Vaccination in Bombay 1863-1868 - 1863-1868
Year: 1863
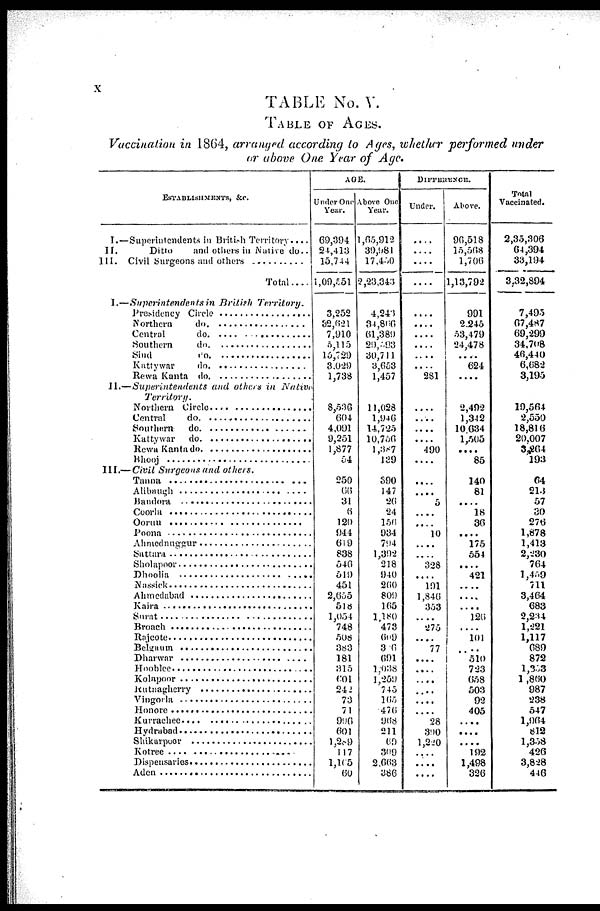
x
TABLE No. V.
TABLE OF AGES.
Vaccination in 1864, arranged according to Ages, whether performed under
or above One Year of Age.
ESTABLISHMENTS, &c.
I.—
II.
III.
I.—
II.—
III.—
Superintendents in British Territory....
Ditto
and others in Native do..
Civil Surgeons and others ...............
Total....
Superintendents in British
Territory.
Presidency Circle .......................
Northern do. ........................
Central do. ........................
Southern do. ........................
Sind do. ........................
Kattywar do. ........................
Rewa Kanta do. .........................
Superintendents
and others in Native
Territory.
Northern Circle ..... ....................
Central do. ...........................
Southern do. ...........................
Kattywar do. ...........................
Rewa Kanta do. .........................
Bhooj .......................................
Civil Surgeons and others.
Tanna ........................................
Alibaugh ...................................
Bandora ...................................
Coorla .....................................
Ooruu .....................................
Poona ......................................
Ahmednuggur .........................
Sattara ......................................
Sholapoor ..................................
Dhoolia ...................................
Nassick ....................................
Ahmedabad ..............................
Kaira .......................................
Surat ........................................
Broach ......................................
Rajcote ......................................
Belgaum ..................................
Dharwar ..................................
Hooblee ..................................
Kolapoor ................................
Rutnagherry ............................
Vingorla .................................
Honore ...................................
Kurrachee ................................
Hydrabad ................................
Shikarpoor ...............................
Kotree ....................................
Dispensaries ............................
Aden ........................................
AGE.
Under One
Year.
69,394
24,413
15,744
1,09,551
3,252
32,621
7,910
5,115
15,729
3,029
1,738
8,536
604
4,091
9,251
1,877
54
250
66
31
6
120
944
619
838
546
519
451
2,655
518
1,054
748
508
363
181
315
601
242
73
71
996
601
1,289
117
1,165
60
Above One
Year.
1,65,912
39,981
17,450
2,23,343
4,243
34,866
61,389
29,593
30,711
3,653
1,457
11,028
1,946
14,725
10,756
1,387
139
390
147
26
24
156
934
794
1,392
218
940
260
809
165
1,180
473
609
300
691
1,038
1,259
745
165
476
968
211
69
309
2,663
386
DIFFERENCE.
Under.
....
....
....
....
....
....
....
....
....
....
281
....
....
....
....
490
....
....
....
5
....
....
10
....
....
328
....
191
1,846
353
....
275
....
77
....
....
....
....
....
....
28
390
1,220
....
....
....
Above.
96,518
15,568
1,706
1,13,792
991
2,245
53,479
24,478
....
624
....
2,492
1,342
10,634
1,505
....
85
140
81
.....
18
36
....
175
554
....
421
....
....
....
126
....
101
....
510
723
658
503
92
405
....
....
....
192
1,498
326
Total
Vaccinated.
2,35,306
64,394
33,194
3,32,894
7,495
67,487
69,299
34,708
46,440
6,682
3,195
19,564
2,550
18,816
20,007
3,264
193
64
213
57
30
276
1,878
1,413
2,230
764
1,459
711
3,464
683
2,234
1,221
1,117
689
872
1,353
1,860
987
238
547
1,964
812
1,358
426
3,828
446